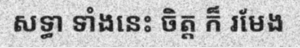
សទ្ធា ទាំងនេះ ចិត្ត ក៏ រមែង